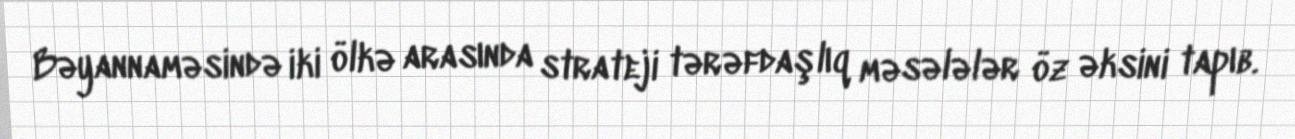
Bəyannaməsində iki ölkə arasında strateji tərəfdaşlıq məsələlər öz əksini tapıb.